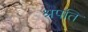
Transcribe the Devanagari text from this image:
श्रपति